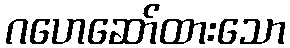
ဂဟေဆော်ထားသော